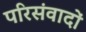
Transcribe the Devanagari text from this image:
परिसंवादों